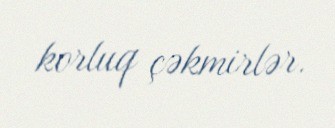
korluq çəkmirlər.